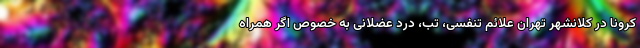
کرونا در کلانشهر تهران علائم تنفسی، تب، درد عضلانی به خصوص اگر همراه